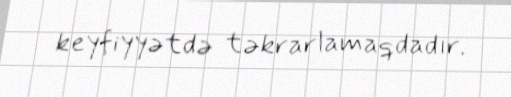
keyfiyyətdə təkrarlamaqdadır.